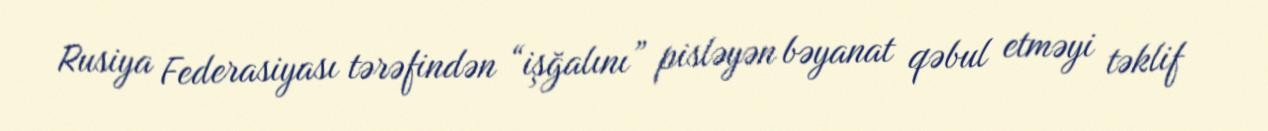
Rusiya Federasiyası tərəfindən “işğalını” pisləyən bəyanat qəbul etməyi təklif